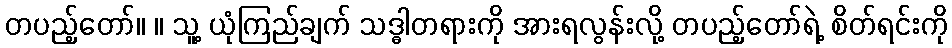
တပည့်တော်။ ။ သူ့ ယုံကြည်ချက် သဒ္ဓါတရားကို အားရလွန်းလို့ တပည့်တော်ရဲ့ စိတ်ရင်းကို